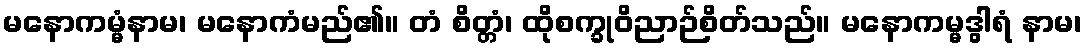
မနောကမ္မံနာမ၊ မနောကံမည်၏။ တံ စိတ္တံ၊ ထိုစက္ခုဝိညာဉ်စိတ်သည်။ မနောကမ္မဒွါရံ နာမ၊